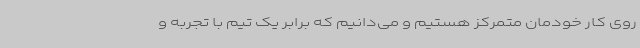
روی کار خودمان متمرکز هستیم و می‌دانیم که برابر یک تیم با تجربه و